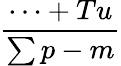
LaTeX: \frac{\cdots+Tu}{\sum p-m}